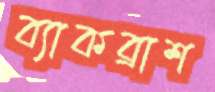
ব্যাকব্রাশ